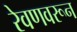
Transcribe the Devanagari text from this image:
रेवणवरून